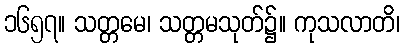
၁၆၅၇။ သတ္တမေ၊ သတ္တမသုတ်၌။ ကုသလာတိ၊